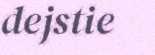
dejstie